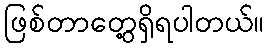
ဖြစ်တာတွေ့ရှိရပါတယ်။